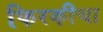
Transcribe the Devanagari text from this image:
फिरकीचा